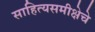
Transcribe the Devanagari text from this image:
साहित्यसमीक्षेचे